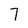
Character: 7